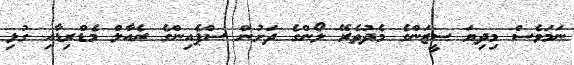
ނަމަވެސް މިދިޔަ ސީޒަންގެ މެދުތެރޭ ލޯންގެ ދަށުން ސްޕެއިންގެ ރެއާލް މެޑްރިޑާއި ގުޅި